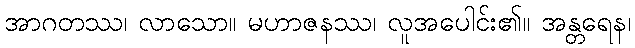
အာဂတဿ၊ လာသော။ မဟာဇနဿ၊ လူအပေါင်း၏။ အန္တရေန၊